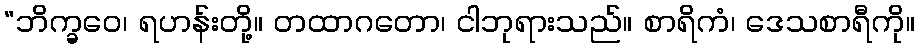
“ဘိက္ခဝေ၊ ရဟန်းတို့။ တထာဂတော၊ ငါဘုရားသည်။ စာရိကံ၊ ဒေသစာရီကို။